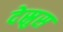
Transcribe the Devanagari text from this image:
देस्रुस